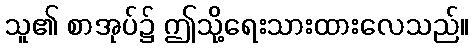
သူ၏ စာအုပ်၌ ဤသို့ရေးသားထားလေသည်။